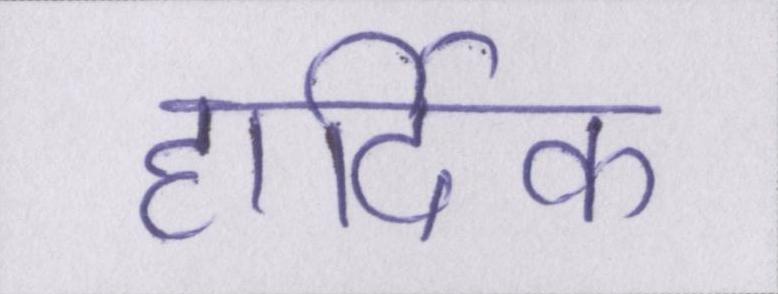
हार्दिक